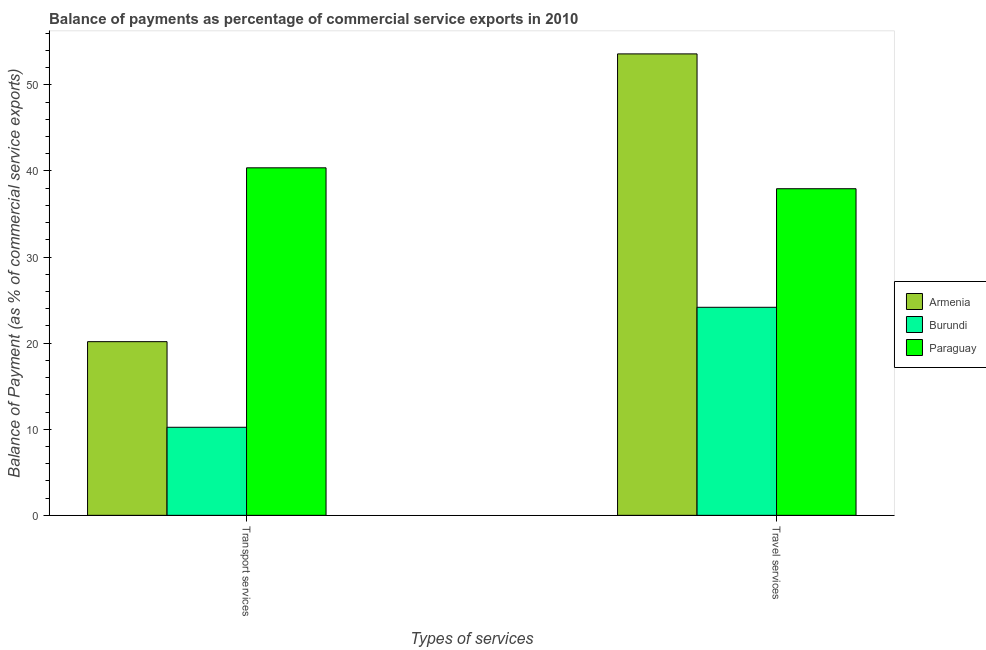
| Types of services | Armenia | Burundi | Paraguay |
 | --- | --- | --- | --- |
 | Transport services | 20.2 | 10.2 | 40.4 |
 | Travel services | 53.6 | 24.2 | 37.9 |